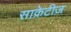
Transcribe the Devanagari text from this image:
साक्रेटीज़